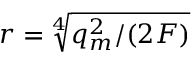
r = \sqrt [ 4 ] { q _ { m } ^ { 2 } / ( 2 { \cal F } ) }